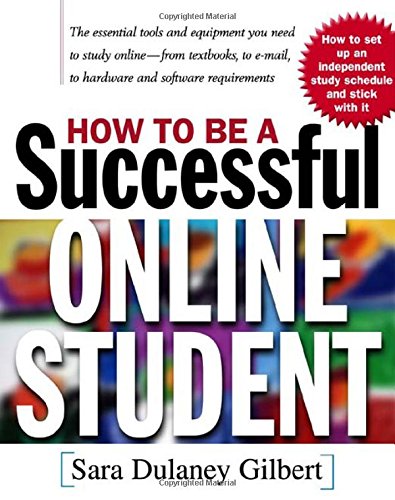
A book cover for How to Be a Successful Online Student; Sara Gilbert; Computers & Technology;